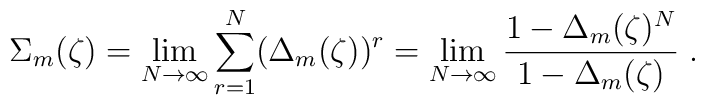
\Sigma_m(\zeta) = \lim_{N\rightarrow\infty} \sum_{r=1}^N ( \Delta_m(\zeta) )^r=\lim_{N\rightarrow\infty}{{1 - \Delta_m(\zeta)^N} \over {1 - \Delta_m(\zeta)}}\;.